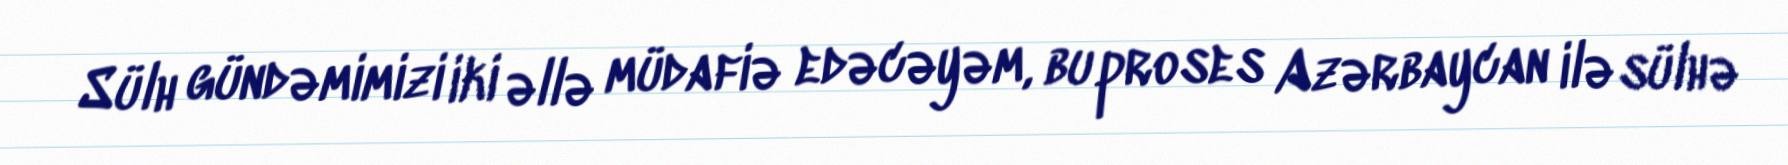
Sülh gündəmimizi iki əllə müdafiə edəcəyəm, bu proses Azərbaycan ilə sülhə